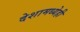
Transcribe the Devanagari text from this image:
देशामध्येही